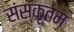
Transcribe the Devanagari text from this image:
संस्कृतम